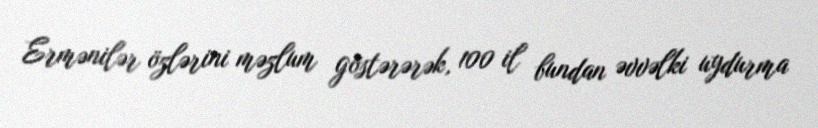
Ermənilər özlərini məzlum göstərərək, 100 il bundan əvvəlki uydurma